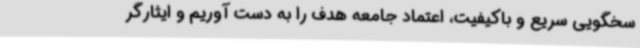
سخگویی سریع و باکیفیت، اعتماد جامعه هدف را به دست آوریم و ایثارگر